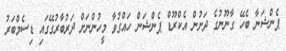
ޕެންޝަނާ ބެހޭ ގާނޫނުގެ ދަށުން އެކްރޫޑް ޕެންޝަން ހައްގުވާ މީހުންނަށް ދަރުބާރުގޭގައި ޑިސެމްބަރު